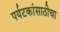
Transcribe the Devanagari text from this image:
पर्यटकांसाठीचा